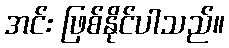
အင်း ဖြစ်နိုင်ပါသည်။